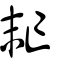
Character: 𠅍